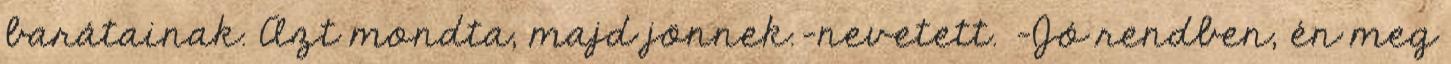
barátainak. Azt mondta, majd jönnek.-nevetett. -Jó rendben, én meg